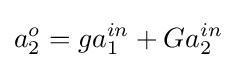
a_{2}^{o}=ga_{1}^{in}+Ga_{2}^{in}